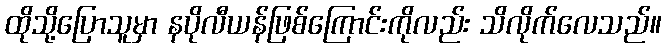
ထိုသို့ပြောသူမှာ နပိုလီယန်ဖြစ်ကြောင်းကိုလည်း သိလိုက်လေသည်။